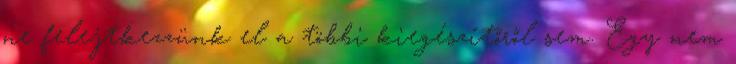
ne felejtkezzünk el a többi kiegészítőről sem. Egy nem